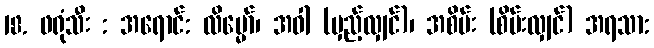
18. ဖရုံသီး : အရောင်: လိမ္မော်၊ အဝါ (မှည့်လျှင်)၊ အစိမ်း (စိမ်းလျှင်) အရသာ: